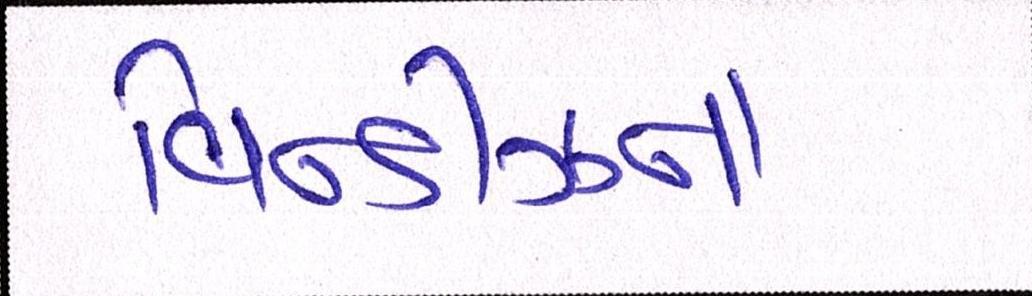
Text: વિન્ડીઝના